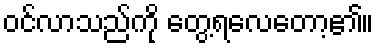
ဝင်လာသည်ကို တွေ့ရလေတော့၏။